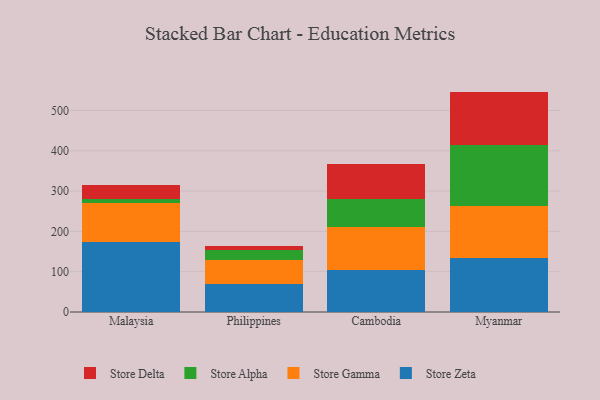
{"axis": {"x": "Country", "y": "Market Share (%)"}, "legend": ["Store Alpha", "Store Delta", "Store Gamma", "Store Zeta"], "data": [{"x": "Malaysia", "y": 173.9, "type": "Store Zeta"}, {"x": "Malaysia", "y": 95.4, "type": "Store Gamma"}, {"x": "Malaysia", "y": 12.0, "type": "Store Alpha"}, {"x": "Malaysia", "y": 34.4, "type": "Store Delta"}, {"x": "Philippines", "y": 70.4, "type": "Store Zeta"}, {"x": "Philippines", "y": 59.1, "type": "Store Gamma"}, {"x": "Philippines", "y": 23.8, "type": "Store Alpha"}, {"x": "Philippines", "y": 10.9, "type": "Store Delta"}, {"x": "Cambodia", "y": 104.7, "type": "Store Zeta"}, {"x": "Cambodia", "y": 107.1, "type": "Store Gamma"}, {"x": "Cambodia", "y": 68.2, "type": "Store Alpha"}, {"x": "Cambodia", "y": 86.8, "type": "Store Delta"}, {"x": "Myanmar", "y": 133.2, "type": "Store Zeta"}, {"x": "Myanmar", "y": 130.5, "type": "Store Gamma"}, {"x": "Myanmar", "y": 149.6, "type": "Store Alpha"}, {"x": "Myanmar", "y": 133.6, "type": "Store Delta"}]}